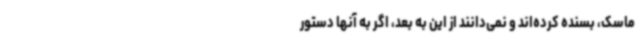
ماسک، بسنده کرده‌اند و نمی‌دانند از این به بعد، اگر به آنها دستور